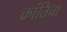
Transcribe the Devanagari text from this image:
क्रांतिचा